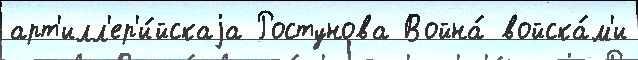
арт'илл'ер'и́йскаjа Ростунова Война́ войска́м'и